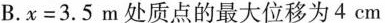
B.$$x = 3 . 5m$$处质点的最大位移为4cm